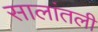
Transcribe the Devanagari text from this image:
सालांतली